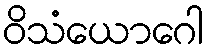
ဝိသံယောဂေါ